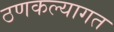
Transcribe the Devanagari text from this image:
ठणकल्यागत